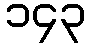
၁၄၃